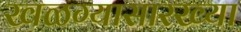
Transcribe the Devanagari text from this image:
खळग्यासारख्या